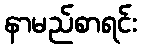
နာမည်စာရင်း